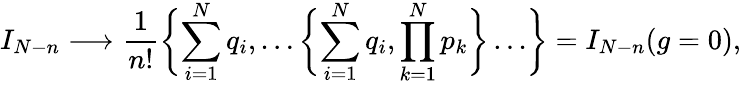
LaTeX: I_{N-n}\longrightarrow\frac{1}{n!}\biggl\{ \sum_{i=1}^{N}q_{i},\dots\biggl\{ \sum_{i=1}^{N}q_{i},\prod_{k=1}^{N}p_{k}\biggr\} \dots\biggr\} =I_{N-n}(g=0),